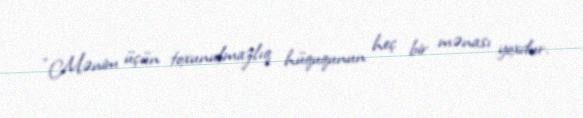
“Mənim üçün toxunulmazlıq hüququnun heç bir mənası yoxdur.